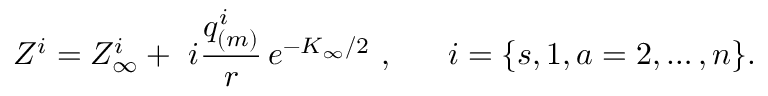
Z ^ { i } = Z _ { \infty } ^ { i } + ~ i { \frac { q _ { ( m ) } ^ { i } } { r } } \, e ^ { - K _ { \infty } / 2 } \ , ~ ~ ~ ~ ~ i = \{ s , 1 , a = 2 , \dots , n \} .